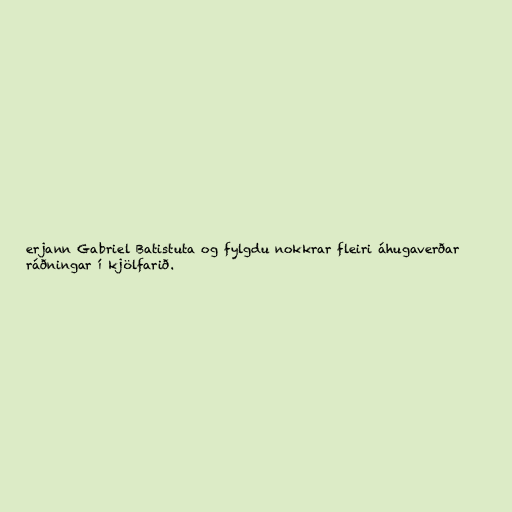
erjann Gabriel Batistuta og fylgdu nokkrar fleiri áhugaverðar
ráðningar í kjölfarið.